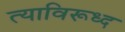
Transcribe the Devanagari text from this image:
त्याविरूध्द